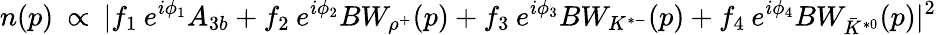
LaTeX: n(p)\: \propto\: \vert f_{1}\: e^{i\phi_{1}}A_{3b}+f_{2}\: e^{i\phi_{2}}BW_{\rho^{+}}(p)+f_{3}\: e^{i\phi_{3}}BW_{K^{*-}}(p)+f_{4}\: e^{i\phi_{4}}BW_{\bar{K}^{*0}}(p){\vert}^{2}